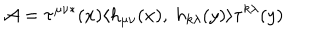
LaTeX: { \cal A } = \tau ^ { \mu \nu \ast } ( x ) \langle h _ { \mu \nu } ( x ) , \ h _ { k \lambda } ( y ) \rangle \tau ^ { k \lambda } ( y )